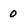
Character: 0